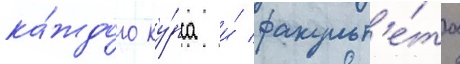
ка́ждого ку́рса и́ факульт'е́та